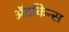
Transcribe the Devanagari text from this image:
अॅटकिन्स